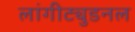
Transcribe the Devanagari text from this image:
लांगीट्युडनल